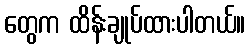
တွေက ထိန်းချုပ်ထားပါတယ်။